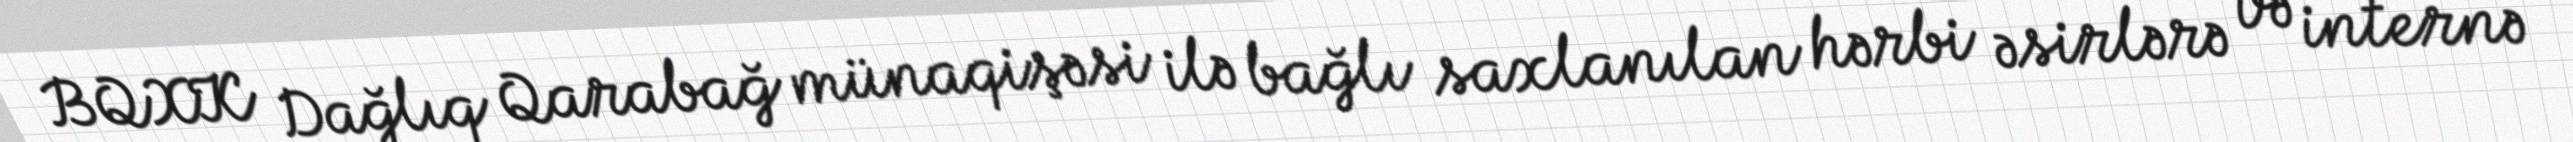
BQXK Dağlıq Qarabağ münaqişəsi ilə bağlı saxlanılan hərbi əsirlərə və internə